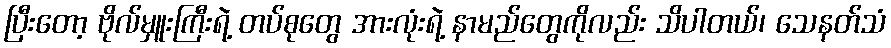
ပြီးတော့ ဗိုလ်မှူးကြီးရဲ့ တပ်စုတွေ အားလုံးရဲ့ နာမည်တွေကိုလည်း သိပါတယ်၊ သေနတ်သံ